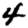
Digit: 4